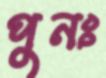
পুনঃ